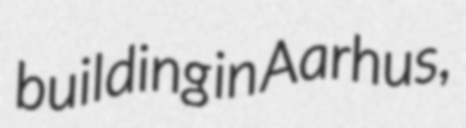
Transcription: building in Aarhus,